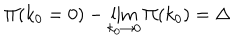
\Pi ( k _ { 0 } = 0 ) - \lim _ { k _ { 0 } \rightarrow 0 } \Pi ( k _ { 0 } ) = \Delta